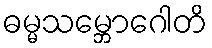
ဓမ္မသမ္ဘောဂေါတိ